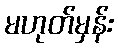
မဟုတ်မှန်း